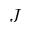
J